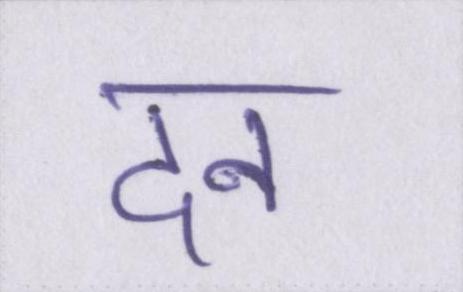
दन